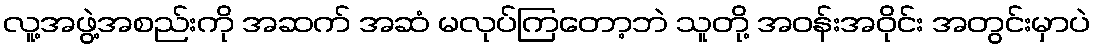
လူ့အဖွဲ့အစည်းကို အဆက် အဆံ မလုပ်ကြတော့ဘဲ သူတို့ အဝန်းအဝိုင်း အတွင်းမှာပဲ